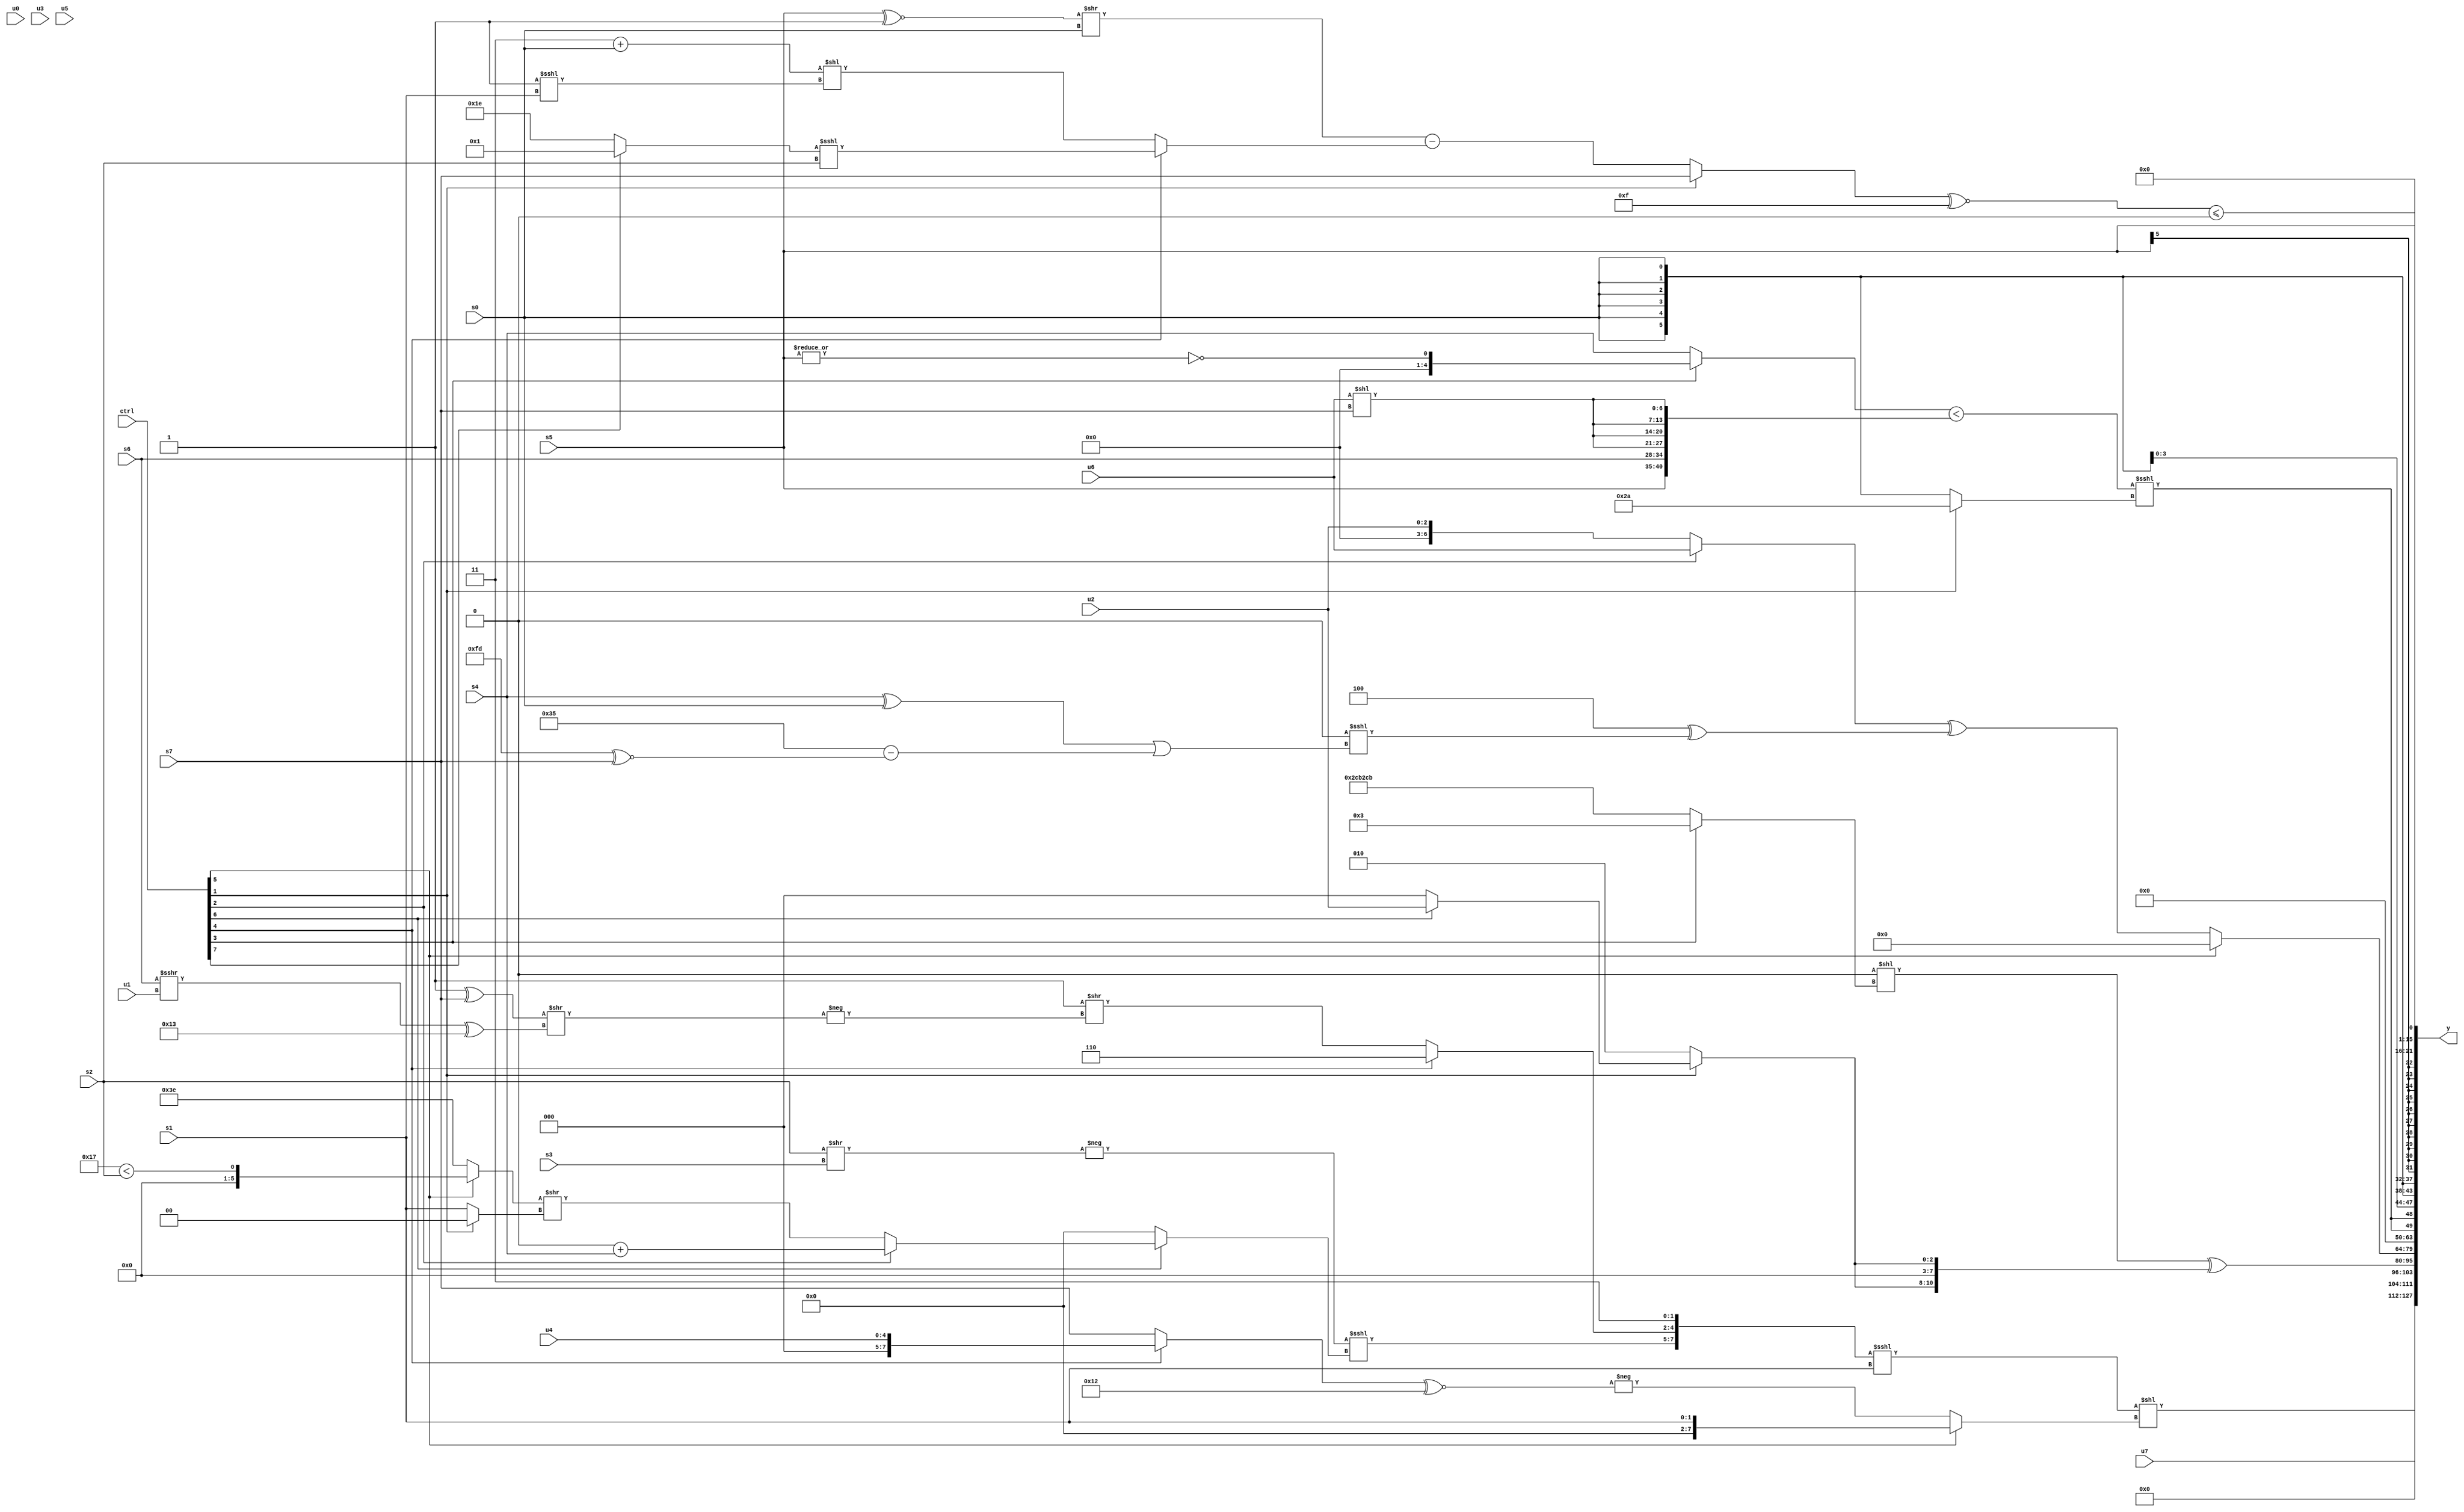
module wideexpr_00653(ctrl, u0, u1, u2, u3, u4, u5, u6, u7, s0, s1, s2, s3, s4, s5, s6, s7, y);
  input [7:0] ctrl;
  input [0:0] u0;
  input [1:0] u1;
  input [2:0] u2;
  input [3:0] u3;
  input [4:0] u4;
  input [5:0] u5;
  input [6:0] u6;
  input [7:0] u7;
  input signed [0:0] s0;
  input signed [1:0] s1;
  input signed [2:0] s2;
  input signed [3:0] s3;
  input signed [4:0] s4;
  input signed [5:0] s5;
  input signed [6:0] s6;
  input signed [7:0] s7;
  output [127:0] y;
  wire [15:0] y0;
  wire [15:0] y1;
  wire [15:0] y2;
  wire [15:0] y3;
  wire [15:0] y4;
  wire [15:0] y5;
  wire [15:0] y6;
  wire [15:0] y7;
  assign y = {y0,y1,y2,y3,y4,y5,y6,y7};
  assign y0 = (({(-((s2)>>(s3)))<<<((ctrl[6]?(ctrl[2]?(2'sb00)+(+(s4)):((ctrl[5]?(5'sb10111)<(s2):6'b111110))>>(((ctrl[1]?1'sb0:s1))>>>((2'sb01)>>(5'sb10010)))):{3{2'b00}})),(ctrl[4]?3'sb110:(2'sb11)>>(-(({(2'sb11)^(s7)})>>(((s6)>>>(u1))^(6'sb010011))))),2'sb11})<<<(s1))<<((ctrl[5]?s1:-(((ctrl[4]?u4:s7))^~(6'sb010010))));
  assign y1 = u7;
  assign y2 = ((~|(+(3'b111)))<<({(ctrl[3]?4'sb0011:$signed({1{$signed({4{6'sb001011}})}}))}))^({2{{2{(ctrl[1]?+((ctrl[6]?u2:{4{{2'sb00}}})):2'sb10)}}}});
  assign y3 = (ctrl[5]?{3{3'sb000}}:((ctrl[2]?u6:u2))^((3'sb100)^((({s6})>>(5'b01110))<<<((+($unsigned((s4)^(s0))))|((6'sb110101)-((-(2'sb11))^~(s7)))))));
  assign y4 = {2{(((ctrl[3]?~|($signed($signed(s5))):{s4}))<({$signed({1{s5}}),s6,{4{$signed((u6)<<(s7))}}}))<<<((ctrl[1]?$signed((ctrl[1]?-({6'sb010110}):(s1)<<(+(1'b1)))):+($signed(s0))))}};
  assign y5 = s0;
  assign y6 = s5;
  assign y7 = ((+((ctrl[1]?s7:((($signed(s5))^~(1'sb1))>>(s0))-((ctrl[4]?((ctrl[7]?2'sb01:5'sb11110))<<<(s2):((3'sb011)+(s0))<<((3'sb111)<<<(s1)))))))^~(5'sb01111))<=(~|(6'sb100011));
endmodule